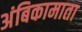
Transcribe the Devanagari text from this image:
अंबिकामाता